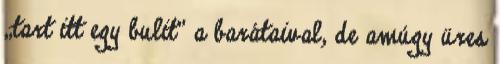
„tart itt egy bulit” a barátaival, de amúgy üres